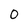
Character: 0